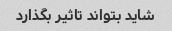
شاید بتواند تاثیر بگذارد